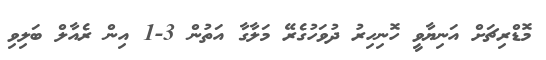
މޮޑްރިޗަށް އަނިޔާވީ ހޮނިހިރު ދުވަހުގެރޭ މަލާގާ އަތުން 3-1 އިން ރެއާލް ބަލިވި